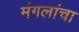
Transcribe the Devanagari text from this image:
मंगलांचा